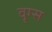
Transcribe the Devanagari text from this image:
वृग्स